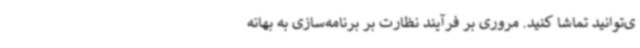
ی‌توانید تماشا کنید. مروری بر فرآیند نظارت بر برنامه‌سازی به بهانه